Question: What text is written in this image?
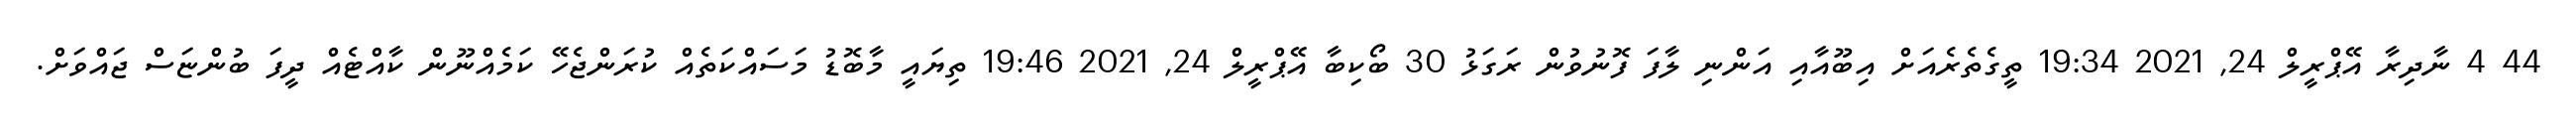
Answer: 44 4 ނާދިރާ އޭޕްރީލް 24, 2021 19:34 ތީގެތެރެއަށް އިބޫއާއި އަންނި ލާފަ ފޮނުވުން ރަގަޅު 30 ބޯކިބާ އޭޕްރީލް 24, 2021 19:46 ތިޔައީ މާބޮޑު މަސައްކަތެއް ކުރަންޖެހޭ ކަމެއްނޫން ކާއްޓެއް ދީފަ ބުންޏަސް ޖައްވަށް.